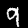
Digit: 9